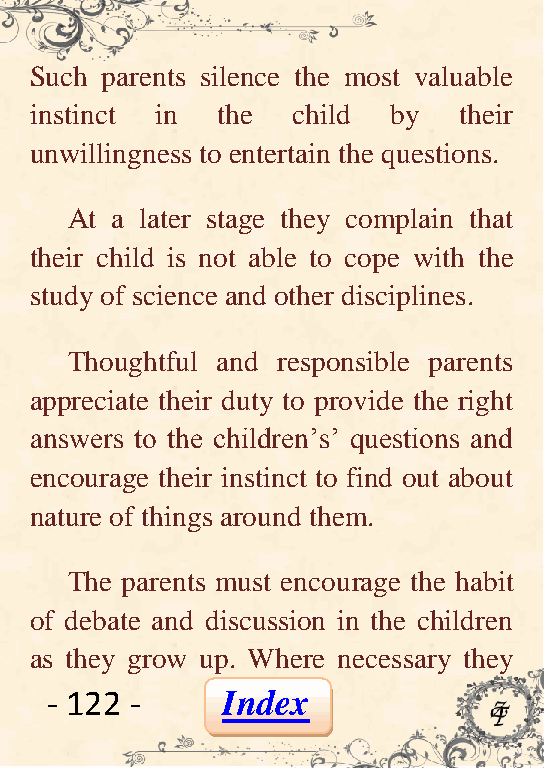
Such parents silence the most valuable
 instinct in the  child  by  their
 unwillingness to entertain the questions.
 At a later stage they complain that
 their child is not able to cope with the
 study of science and other disciplines.
 Thoughtful and responsible parents
 appreciate their duty to provide the right
 answers to the children’s’ questions and
 encourage their instinct to find out about
 nature of things around them.
 The parents must encourage the habit
 of debate and discussion in the children
 as they grow up. Where necessary they
 - 122 -     Index